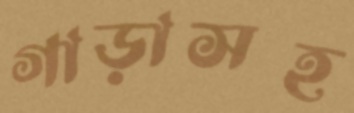
গাড়াসহ